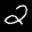
Label: 2